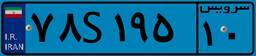
۷۸S۱۹۵۱۰